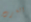
الغرب